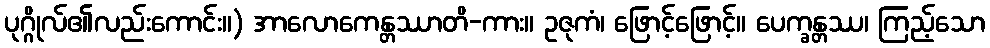
ပုဂ္ဂိုလ်၏လည်းကောင်း။) အာလောကေန္တဿာတိ-ကား။ ဥဇုကံ၊ ဖြောင့်ဖြောင့်။ ပေက္ခန္တဿ၊ ကြည့်သော